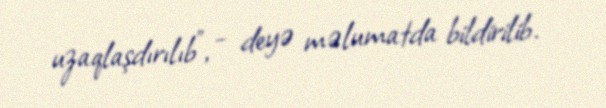
uzaqlaşdırılıb”, - deyə məlumatda bildirilib.